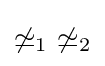
\not \simeq _{1}~\not \simeq _{2}